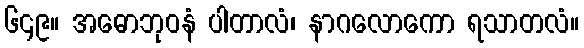
၆၄၉။ အဓောဘုဝနံ ပါတာလံ၊ နာဂလောကော ရသာတလံ။